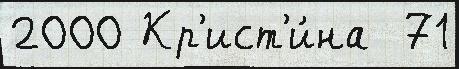
2000 Кр'ист'и́на  71